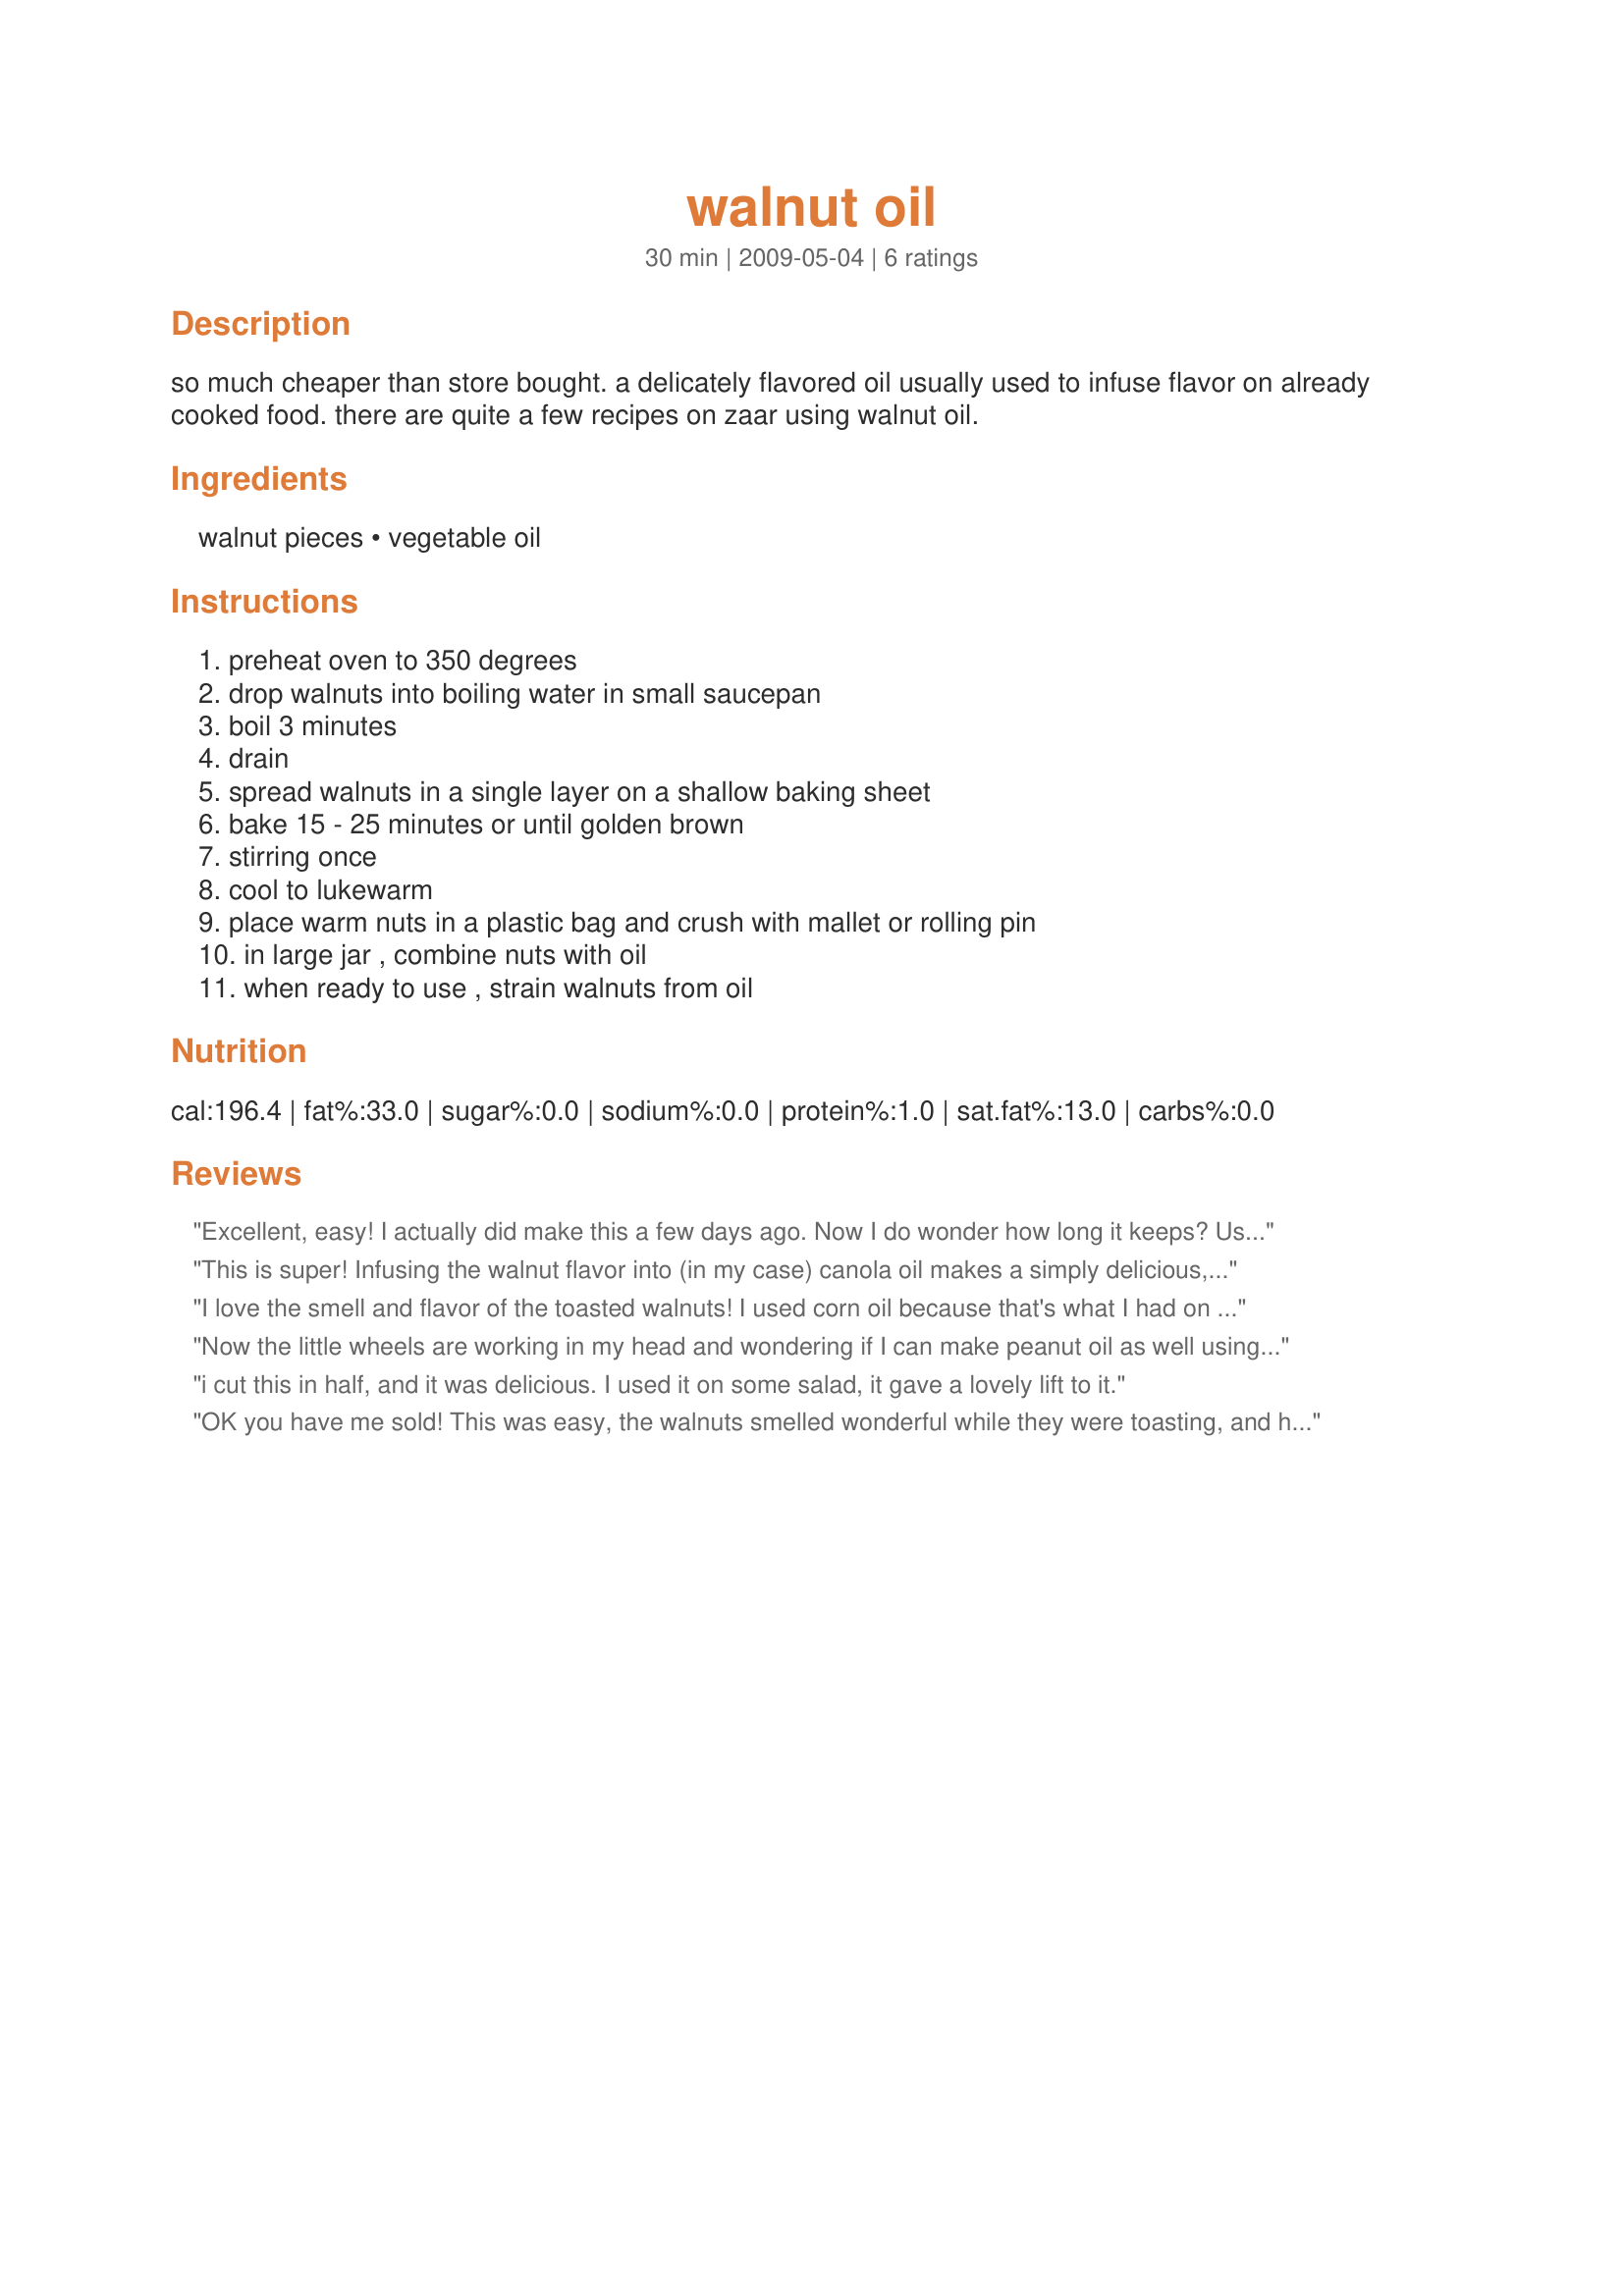
walnut oil
Preparation time: 30 minutes

so much cheaper than store bought. a delicately flavored oil usually used to infuse flavor on already cooked food. there are quite a few recipes on zaar using walnut oil.

Ingredients:
walnut pieces, vegetable oil

Steps:
preheat oven to 350 degrees, drop walnuts into boiling water in small saucepan, boil 3 minutes, drain, spread walnuts in a single layer on a shallow baking sheet, bake 15 - 25 minutes or until golden brown, stirring once, cool to lukewarm, place warm nuts in a plastic bag and crush with mallet or rolling pin, in large jar , combine nuts with oil, when ready to use , strain walnuts from oil

Reviews:
Excellent, easy! I actually did make this a few days ago. Now I do wonder how long it keeps? Used this in Recipe#381946. Thank you gailanng for sharing. Made for Everyday.
This is super! Infusing the walnut flavor into (in my case) canola oil makes a simply delicious, healthier and way less expensive version of pure walnut oil. This in a salad of watercress, bleu cheese, roasted beets--heaven! And it gave fabulous flavor to Wicked's Classic Walnut Boule (#349732). Many thanks for sharing this!
I love the smell and flavor of the toasted walnuts! I used corn oil because that's what I had on hand. Thanks Gail! Made for Australian Recipe Swap-June 2009.
Now the little wheels are working in my head and wondering if I can make peanut oil as well using this method. I cannot even get my hands on walnut oil here in the land of Dracula so I'm even more thankful for this. Very flavorful and oh so easy. Made for Zwt 6.
i cut this in half, and it was delicious. I used it on some salad, it gave a lovely lift to it.
OK you have me sold! This was easy, the walnuts smelled wonderful while they were toasting, and here comes the best part of all the walnut oil gives a great new demotions to what ever you use it in. The only recommendations I would make is to make the walnut oil at least a day a head, the first day it was good how ever the dressing I made on the second day with what was left over from day one was really great. If you like using flavored oils, giving them as gifts, or would like to try giving new depths to your recipe this recipe is a must try. I will be using this a lot. Thanks for the post.
